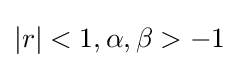
|r|<1,\alpha ,\beta >-1